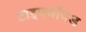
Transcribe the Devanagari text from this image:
टाइफ्वॉयड